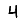
Digit: 4